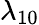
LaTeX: \lambda_{10}